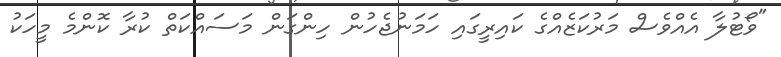
"ވޯޓުލާ އެއްވެސް މަރުކަޒެެއްގެ ކައިރީގައި ހަމަނުޖެހުން ހިންގަން މަސައްކަތް ކުރާ ކޮންމެ މީހަކު